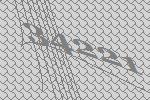
34221